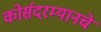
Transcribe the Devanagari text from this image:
कोर्सदरम्यानचे